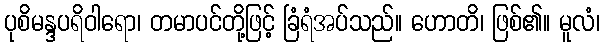
ပုစိမန္ဒပရိဝါရော၊ တမာပင်တို့ဖြင့် ခြံရံအပ်သည်။ ဟောတိ၊ ဖြစ်၏။ မူလံ၊